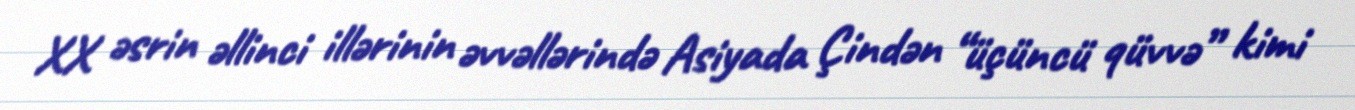
XX əsrin əllinci illərinin əvvəllərində Asiyada Çindən “üçüncü qüvvə” kimi